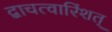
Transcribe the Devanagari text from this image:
द्वाचत्वारिंशत्